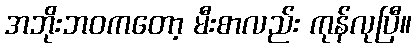
အဘိုးဘဝကတော့ မီးစာလည်း ကုန်လုပြီ။